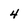
Character: 4